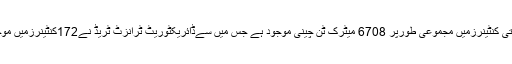
ڈائریکٹوریٹ ٹرانزٹ ٹریڈ کے ڈائریکٹرجنرل ڈاکٹرسرفراز وڑائچ کے مطابق پکڑے گیے 258 بھارتی کنٹینرزمیں مجموعی طورپر 6708 میٹرک ٹن چینی موجود ہے جس میں سےڈائریکٹوریٹ ٹرانزٹ ٹریڈ نے172کنٹینرزمیں موجود 4472 میٹرک چینی کی کسٹمز لیبارٹری اور پی سی ایس آئی آرکی لیب سے ٹیسٹنگ کروالی ہے۔